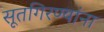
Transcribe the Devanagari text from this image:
सूतगिरण्यांना